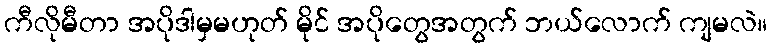
ကီလိုမီတာ အပိုဒါမှမဟုတ် မိုင် အပိုတွေအတွက် ဘယ်လောက် ကျမလဲ။